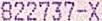
822737-X